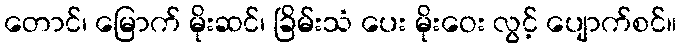
တောင်၊ မြောက် မိုးဆင်၊ ခြိမ်းသံ ပေး မိုးဝေး လွင့် ပျောက်စင်။